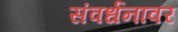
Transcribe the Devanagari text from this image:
संवर्धनावर